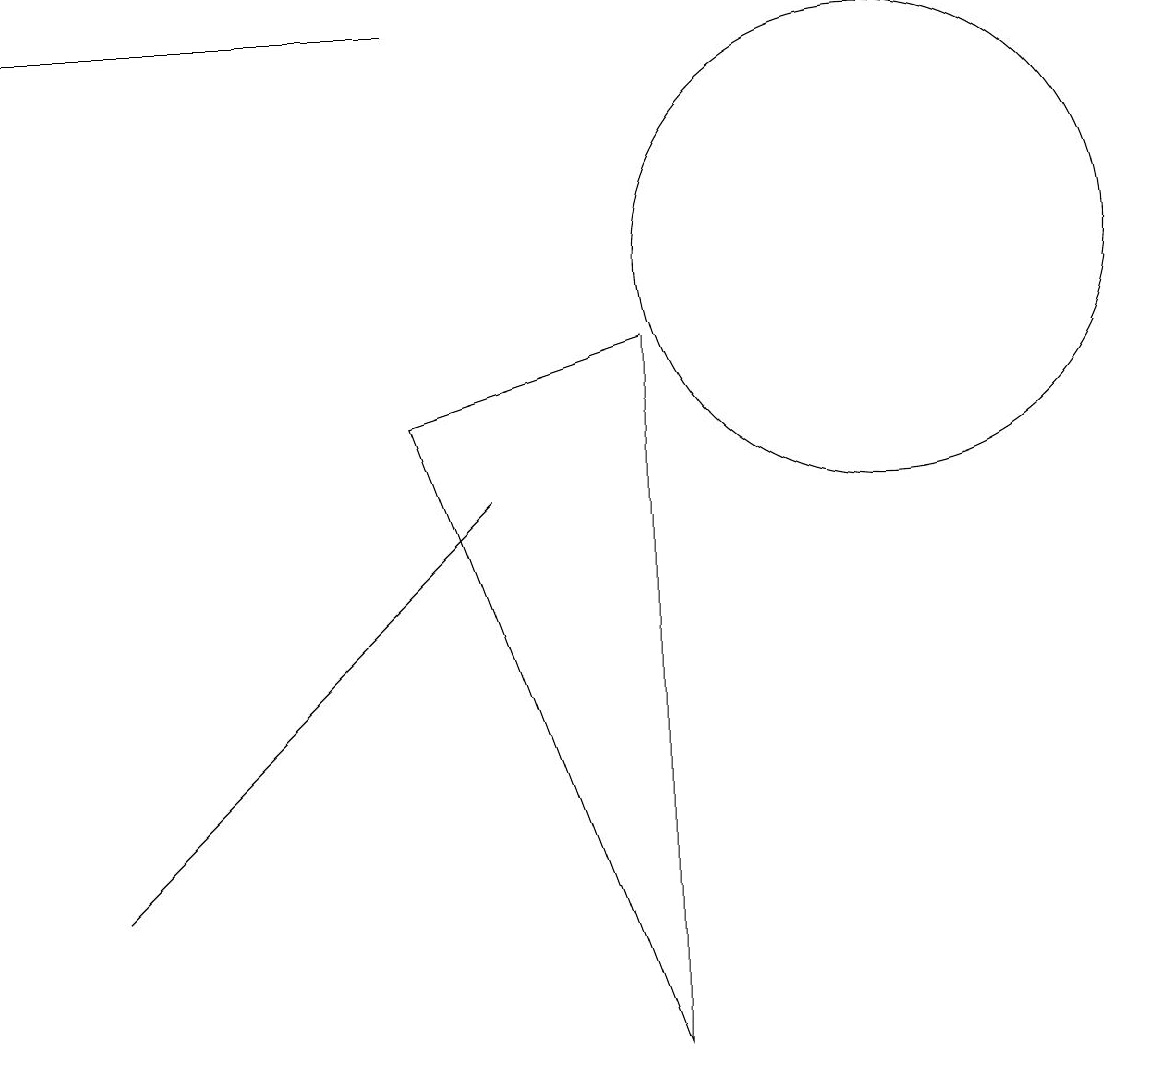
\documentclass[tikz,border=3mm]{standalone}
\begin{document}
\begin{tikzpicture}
\draw (12,10) circle (3);
\draw (6,13) rectangle (1,13);
\draw (6,8) -- (9,0) -- (9,9) -- cycle;
\draw (4,4) -- (7,7) -- (2,2) -- cycle;
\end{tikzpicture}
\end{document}